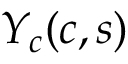
Y _ { c } ( c , s )